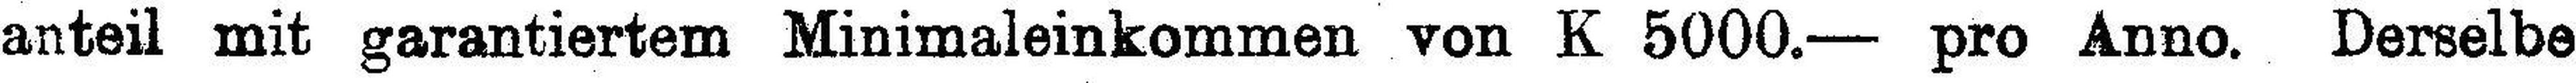
anteil mit garantiertem Minimaleinkommen von K 5000.— pro Anno. Derselbe